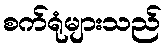
စက်ရုံများသည်